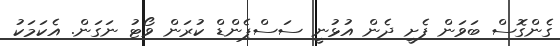
ގެންގޮސް ބަވަން ފެށީ ދެން އުޅުނީ ސަސްޕެންޑް ކުރަން ވޯޓު ނަގަން. އެކަމަކު